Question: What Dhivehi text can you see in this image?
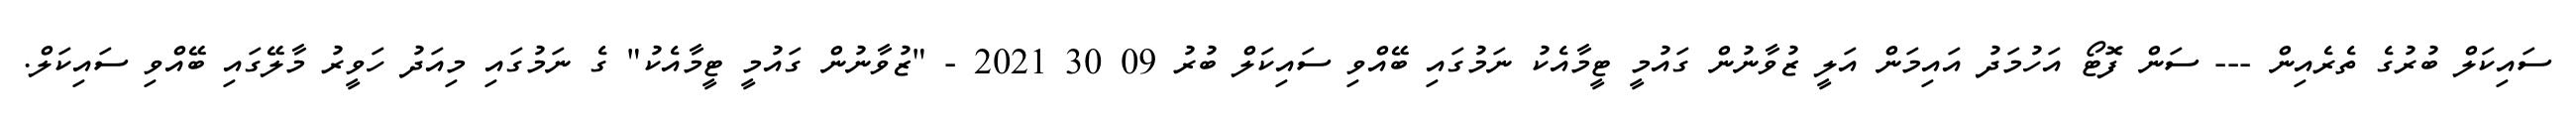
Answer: ސައިކަލް ބުރުގެ ތެރެއިން --- ސަން ފޮޓޯ އަހުމަދު އައިމަން އަލީ ޒުވާނުން ގައުމީ ޓީމާއެކު ނަމުގައި ބޭއްވި ސައިކަލް ބުރު 09 30 2021 - "ޒުވާނުން ގައުމީ ޓީމާއެކު" ގެ ނަމުގައި މިއަދު ހަވީރު މާލޭގައި ބޭއްވި ސައިކަލް.